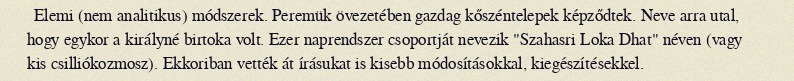
Elemi (nem analitikus) módszerek. Peremük övezetében gazdag kőszéntelepek képződtek. Neve arra utal, hogy egykor a királyné birtoka volt. Ezer naprendszer csoportját nevezik "Szahasri Loka Dhat" néven (vagy kis csilliókozmosz). Ekkoriban vették át írásukat is kisebb módosításokkal, kiegészítésekkel.